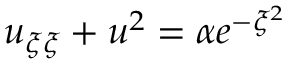
u _ { \xi \xi } + u ^ { 2 } = \alpha e ^ { - \xi ^ { 2 } }